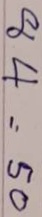
84 = 50